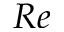
R e